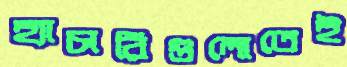
হ্যাচারিগুলোতেই